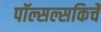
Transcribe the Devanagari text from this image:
पॉल्सल्सकिर्चे